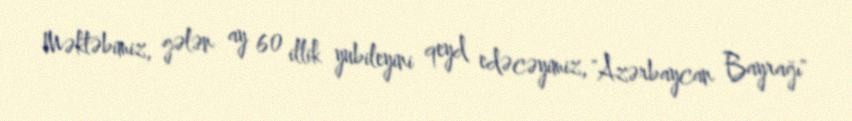
Məktəbimiz, gələn ay 60 illik yubileyini qeyd edəcəyimiz, "Azərbaycan Bayrağı"